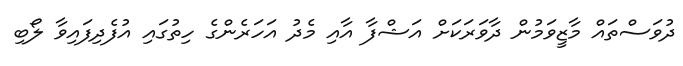
ދުވަސްތައް މާޒީވަމުން ދާވަރަކަށް އަޝްފާ އާއި މެދު އަހަރެންގެ ހިތުގައި އުފެދިފައިވާ ލޯބި